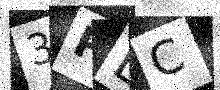
Text: 3PEC